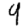
Digit: 4